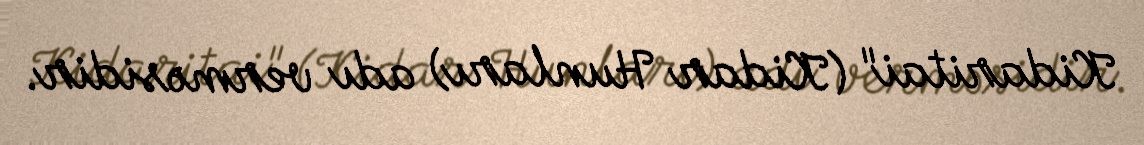
Kidaritai" (Kidar Hunları) adı verməsidir.